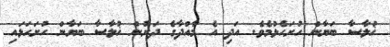
ޚުލާސާ ބަޔާން ހުށަހެޅުމެވެ. އަދި އެ މާއްދާގެ ދަށުން ޚުލާސާ ބަޔާން ހުށަހަޅައި